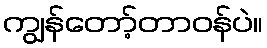
ကျွန်တော့်တာဝန်ပဲ။